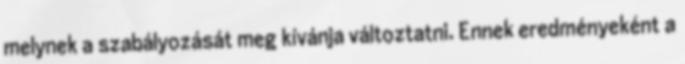
melynek a szabályozását meg kívánja változtatni. Ennek eredményeként a